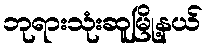
ဘုရားသုံးဆူမြို့နယ်